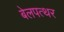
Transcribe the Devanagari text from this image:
बेलपत्थर